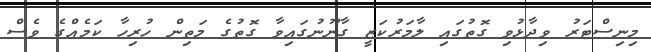
މިނިސްޓަރު ވިދާޅުވި ގޮތުގައި ލާމަރުކަޒީ ގާނޫނުގައިވާ ގޮތުގެ މަތިން ހުރިހާ ކަމެއްގެ ވެސް